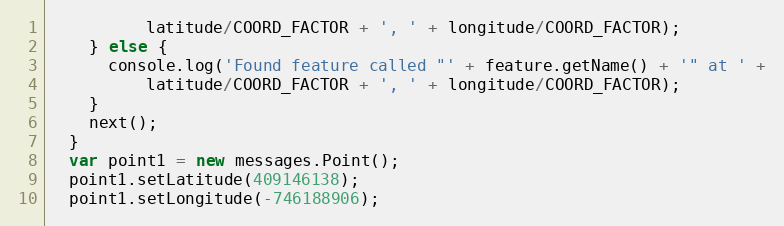
Language: JavaScript
          latitude/COORD_FACTOR + ', ' + longitude/COORD_FACTOR);
    } else {
      console.log('Found feature called "' + feature.getName() + '" at ' +
          latitude/COORD_FACTOR + ', ' + longitude/COORD_FACTOR);
    }
    next();
  }
  var point1 = new messages.Point();
  point1.setLatitude(409146138);
  point1.setLongitude(-746188906);